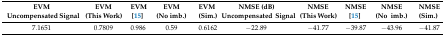
| EVM Uncompensated Signal | EVM (This Work) | EVM [15] | EVM (No imb.) | EVM (Sim.) | NMSE (dB) Uncompensated Signal | NMSE (This Work) | NMSE [15] | NMSE (No imb.) | NMSE (Sim.) |
 | --- | --- | --- | --- | --- | --- | --- | --- | --- | --- |
 | 7.1651 | 0.7809 | 0.986 | 0.59 | 0.6162 | −22.89 | −41.77 | −39.87 | −43.96 | −41.87 |